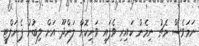
ނަމަވެސް މެޗު ނިމެން ކައިރި ވެފައި ވަނިކޮށް ލަންދޫ އަށް ލިބުނު ޕެނަލްޓީ